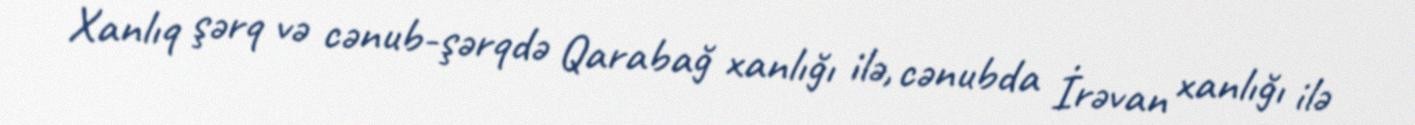
Xanlıq şərq və cənub-şərqdə Qarabağ xanlığı ilə, cənubda İrəvan xanlığı ilə